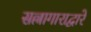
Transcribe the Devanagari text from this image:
सल्लागाराद्वारे